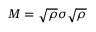
M = { \sqrt { \rho } } \sigma { \sqrt { \rho } }